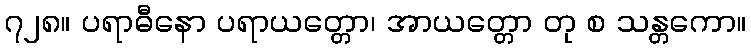
၇၂၈။ ပရာဓီနော ပရာယတ္တော၊ အာယတ္တော တု စ သန္တကော။